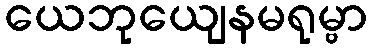
ယေဘုယျေနမရုမ္ဗာ